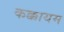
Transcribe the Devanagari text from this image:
कक्कायम